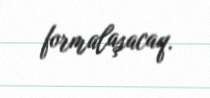
formalaşacaq.